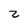
Character: z